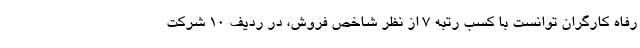
رفاه کارگران توانست با کسب رتبه 7 از نظر شاخص فروش، در ردیف 10 شرکت